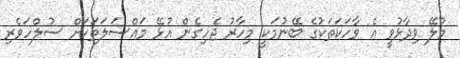
މުލޭ ވިދާޅުވީ އެ ވާހަކަތަކުގެ ބޭނުމަކީ މިހާރު ޖެހިގެން އުޅޭ މައްސަލަތަކަށް ސުލްހަވެރި